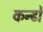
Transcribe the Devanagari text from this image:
कन्ढों